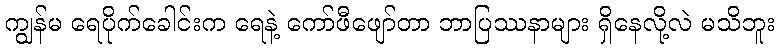
ကျွန်မ ရေပိုက်ခေါင်းက ရေနဲ့ ကော်ဖီဖျော်တာ ဘာပြဿနာများ ရှိနေလို့လဲ မသိဘူး